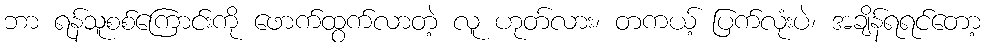
ဘာ ရန်သူစစ်ကြောင်းကို ဖောက်ထွက်လာတဲ့ လူ ဟုတ်လား၊ တကယ့် ပြက်လုံးပဲ၊ အချိန်ရရင်တော့